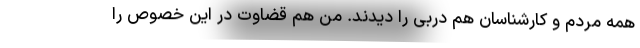
همه مردم و کارشناسان هم دربی را دیدند. من هم قضاوت در این خصوص را